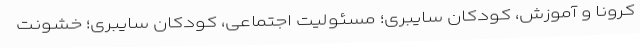
کرونا و آموزش، کودکان سایبری؛ مسئولیت اجتماعی، کودکان سایبری؛ خشونت